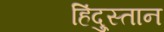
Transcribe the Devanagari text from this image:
हिंदु्स्तान